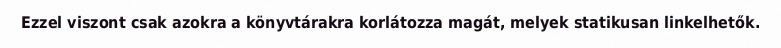
Ezzel viszont csak azokra a könyvtárakra korlátozza magát, melyek statikusan linkelhetők.